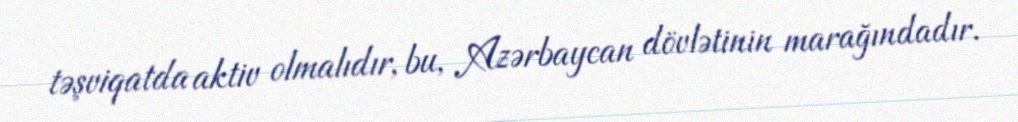
təşviqatda aktiv olmalıdır, bu, Azərbaycan dövlətinin marağındadır.